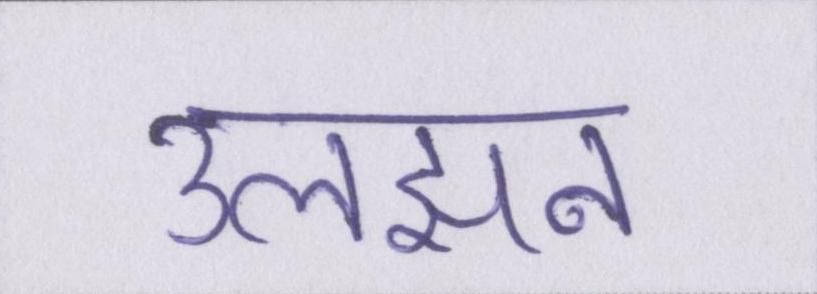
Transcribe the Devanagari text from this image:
उलझन